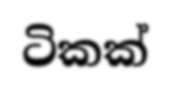
ටිකක්